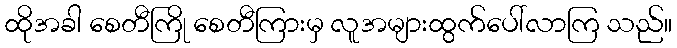
ထိုအခါ စေတီကြို စေတီကြားမှ လူအများထွက်ပေါ်လာကြ သည်။